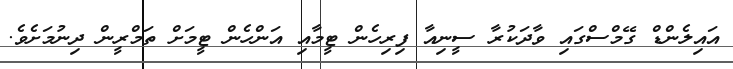
އައިލެންޑް ގޭމްސްގައި ވާދަކުރާ ސީނިއާ ފިރިހެން ޓީމާއި އަންހެން ޓީމަށް ތަމްރީން ދިނުމަށެވެ.